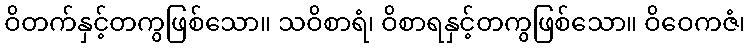
ဝိတက်နှင့်တကွဖြစ်သော။ သဝိစာရံ၊ ဝိစာရနှင့်တကွဖြစ်သော။ ဝိဝေကဇံ၊